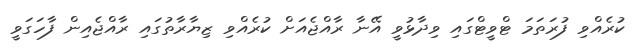
ކުރެއްވި ފުރަތަމަ ޓްވީޓްގައި ވިދާޅުވީ އޭނާ ރާއްޖެއަށް ކުރެއްވި ޒިޔާރާތުގައި ރާއްޖެއިން ފާހަގަވީ